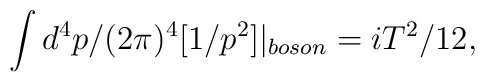
\int d^{4}p/(2\pi)^{4}[1/p^{2}]|_{boson}=iT^{2}/12,